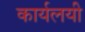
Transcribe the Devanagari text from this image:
कार्यलयी